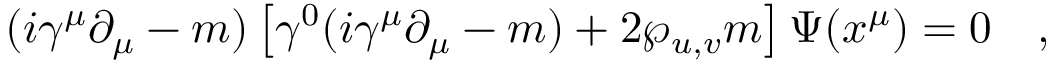
( i \gamma ^ { \mu } \partial _ { \mu } - m ) \left[ \gamma ^ { 0 } ( i \gamma ^ { \mu } \partial _ { \mu } - m ) + 2 \wp _ { u , v } m \right] \Psi ( x ^ { \mu } ) = 0 \quad ,